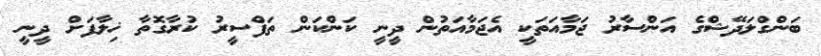
ބަންގްލަދޭޝްގެ އަންސާރު ޖަމާއަތަކީ އެޖަމާއަތުން ދީނީ ކަންކަން ތަފްސީރު ކުރާގޮތާ ޚިލާފަށް ދީނީ